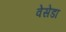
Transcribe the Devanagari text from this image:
वेसेडा